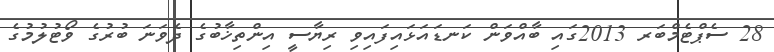
28 ސެޕްޓެމްބަރ 2013ގައި ބާއްވަން ކަނޑައަޅައިފައިވި ރިޔާސީ އިންތިޚާބުގެ ދެވަނަ ބުރުގެ ވޯޓުލުމުގެ